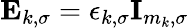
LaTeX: \mathbf{E}_{k,\sigma}=\epsilon_{k,\sigma}\textbf{I}_{m_{k},\sigma}